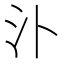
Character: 𣱶